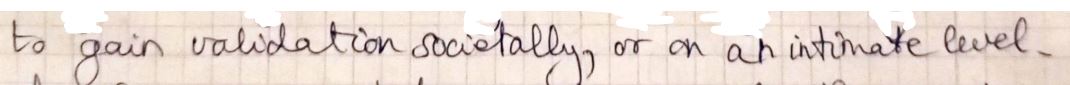
to gain validation socially, or an intimate level.